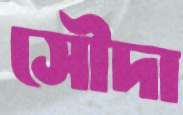
সৌদা